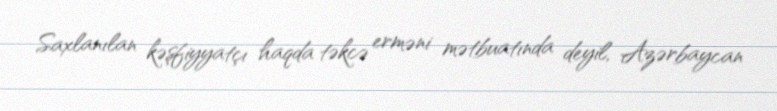
Saxlanılan kəşfiyyatçı haqda təkcə erməni mətbuatında deyil, Azərbaycan